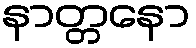
နာတ္တနော